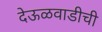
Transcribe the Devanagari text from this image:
देऊळवाडीची